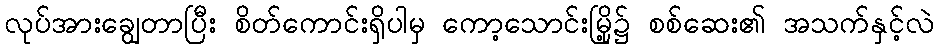
လုပ်အားချွေတာပြီး စိတ်ကောင်းရှိပါမှ ကော့သောင်းမြို့၌ စစ်ဆေး၏ အသက်နှင့်လဲ